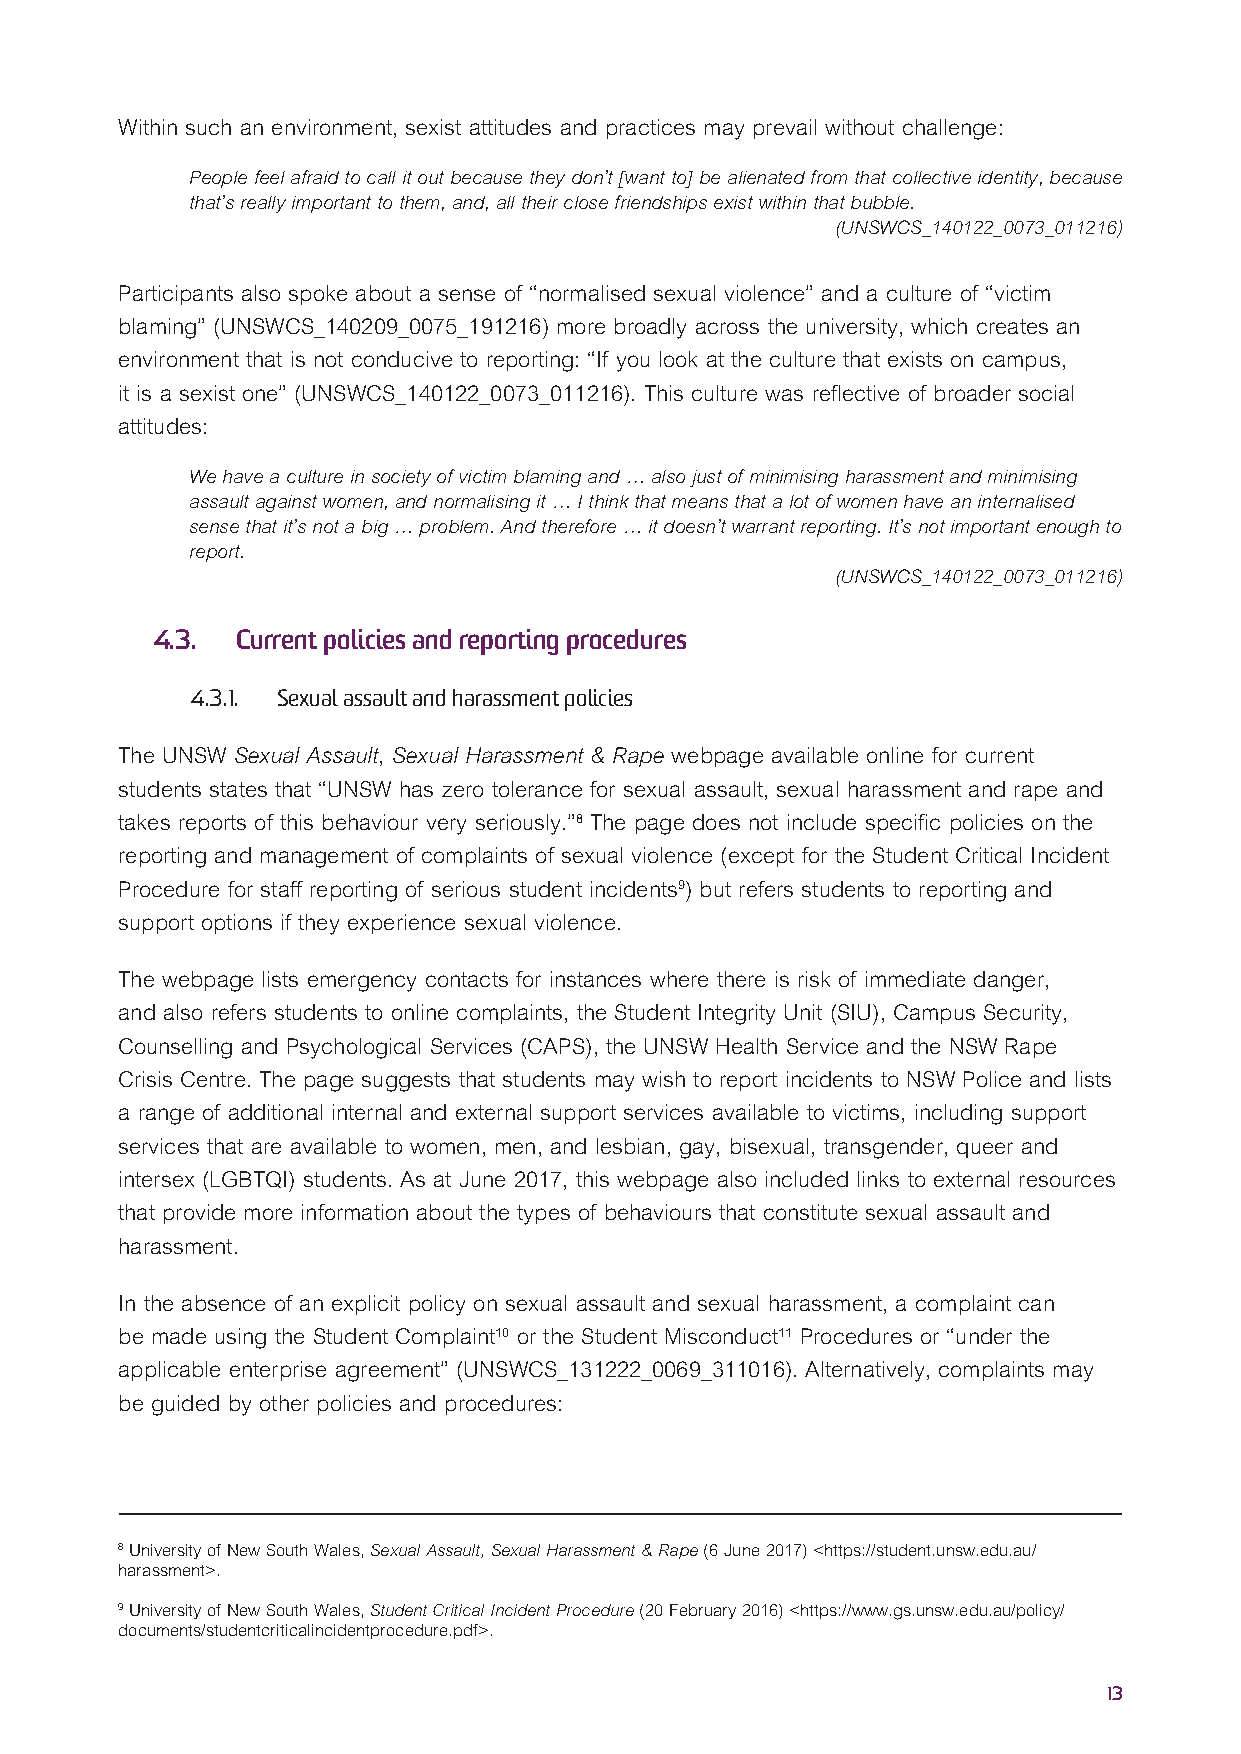
Within such an environment, sexist attitudes and practices may prevail without challenge:
 People feel afraid to call it out because they don’t [want to] be alienated from that collective identity, because
 that’s really important to them, and, all their close friendships exist within that bubble.
 (UNSWCS_140122_0073_011216)
 Participants also spoke about a sense of “normalised sexual violence” and a culture of “victim
 blaming” (UNSWCS_140209_0075_191216) more broadly across the university, which creates an
 environment that is not conducive to reporting: “If you look at the culture that exists on campus,
 it is a sexist one” (UNSWCS_140122_0073_011216). This culture was reflective of broader social
 attitudes:
 We have a culture in society of victim blaming and … also just of minimising harassment and minimising
 assault against women, and normalising it … I think that means that a lot of women have an internalised
 sense that it’s not a big … problem. And therefore … it doesn’t warrant reporting. It’s not important enough to
 report.
 (UNSWCS_140122_0073_011216)
 4.3.  Current policies and reporting procedures
 4.3.1. Sexual assault and harassment policies
 The UNSW Sexual Assault, Sexual Harassment & Rape webpage available online for current
 students states that “UNSW has zero tolerance for sexual assault, sexual harassment and rape and
 takes reports of this behaviour very seriously.”8 The page does not include specific policies on the
 reporting and management of complaints of sexual violence (except for the Student Critical Incident
 Procedure for staff reporting of serious student incidents9) but refers students to reporting and
 support options if they experience sexual violence.
 The webpage lists emergency contacts for instances where there is risk of immediate danger,
 and also refers students to online complaints, the Student Integrity Unit (SIU), Campus Security,
 Counselling and Psychological Services (CAPS), the UNSW Health Service and the NSW Rape
 Crisis Centre. The page suggests that students may wish to report incidents to NSW Police and lists
 a range of additional internal and external support services available to victims, including support
 services that are available to women, men, and lesbian, gay, bisexual, transgender, queer and
 intersex (LGBTQI) students. As at June 2017, this webpage also included links to external resources
 that provide more information about the types of behaviours that constitute sexual assault and
 harassment.
 In the absence of an explicit policy on sexual assault and sexual harassment, a complaint can
 be made using the Student Complaint10 or the Student Misconduct11 Procedures or “under the
 applicable enterprise agreement” (UNSWCS_131222_0069_311016). Alternatively, complaints may
 be guided by other policies and procedures:
 8 University of New South Wales, Sexual Assault, Sexual Harassment & Rape (6 June 2017) <https://student.unsw.edu.au/
 harassment>.
 9 University of New South Wales, Student Critical Incident Procedure (20 February 2016) <https://www.gs.unsw.edu.au/policy/
 documents/studentcriticalincidentprocedure.pdf>.
 13